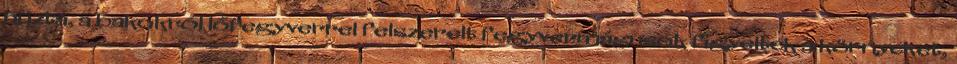
húzta, a bakokról lőfegyverrel felszerelt fegyvermágusok figyelték a környéket,